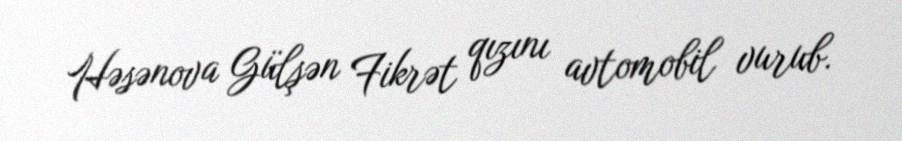
Həsənova Gülşən Fikrət qızını avtomobil vurub.